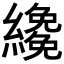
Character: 𦆵